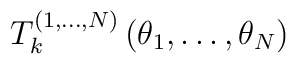
T^{(1,\dots ,N)}_{k}\left( \theta _{1},\dots ,\theta _{N}\right)